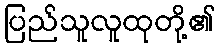
ပြည်သူလူထုတို့၏